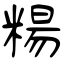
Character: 糃